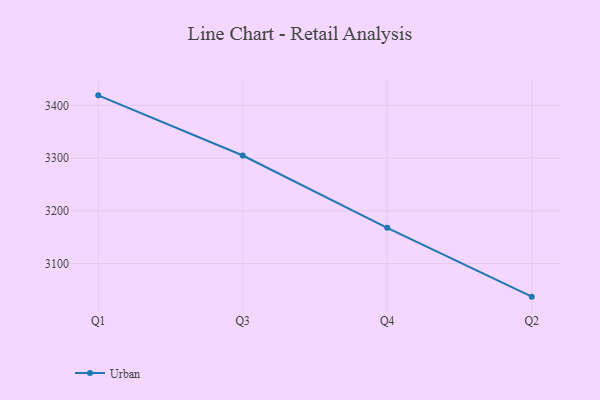
{"axis": {"x": "Quarter", "y": "Latency (ms)"}, "legend": ["Urban"], "data": [{"x": "Q1", "y": 3418.9, "type": "Urban"}, {"x": "Q3", "y": 3304.8, "type": "Urban"}, {"x": "Q4", "y": 3167.7, "type": "Urban"}, {"x": "Q2", "y": 3037.2, "type": "Urban"}]}